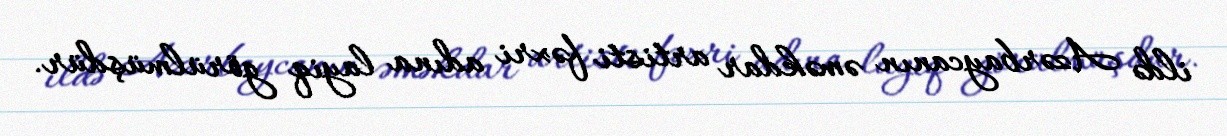
ildə Azərbaycanın əməkdar artisti fəxri adına layiq görülmüşdür.